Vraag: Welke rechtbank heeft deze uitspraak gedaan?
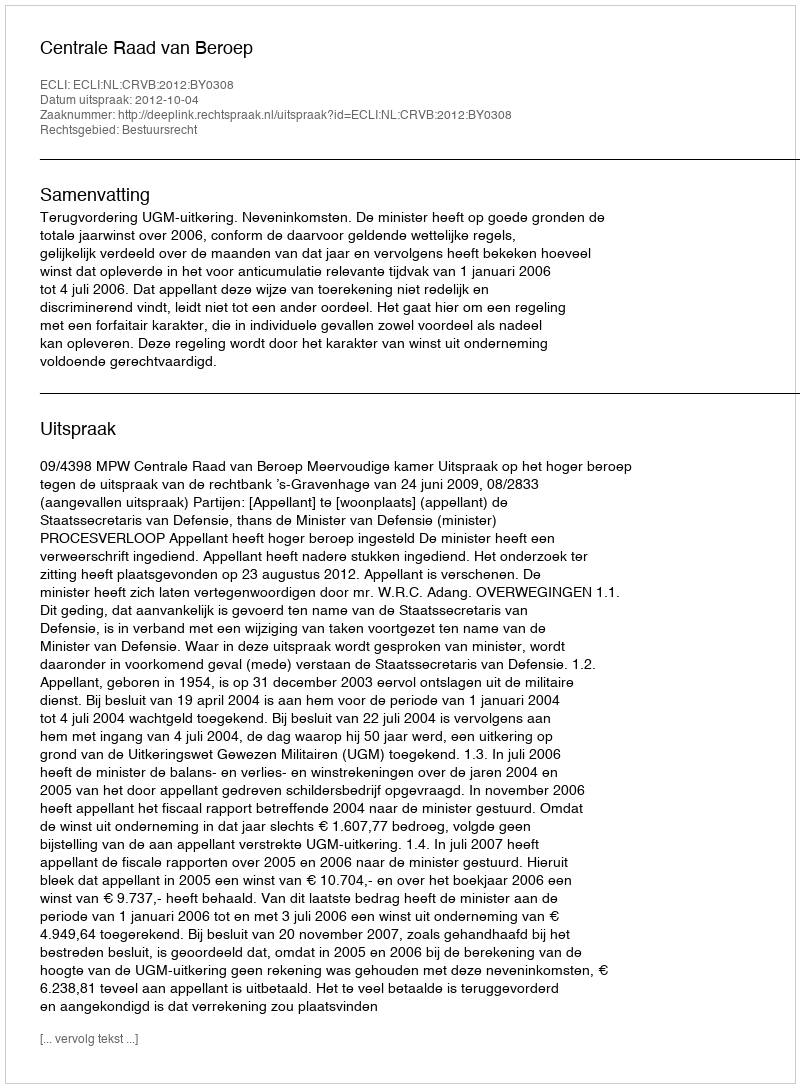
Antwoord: Centrale Raad van Beroep